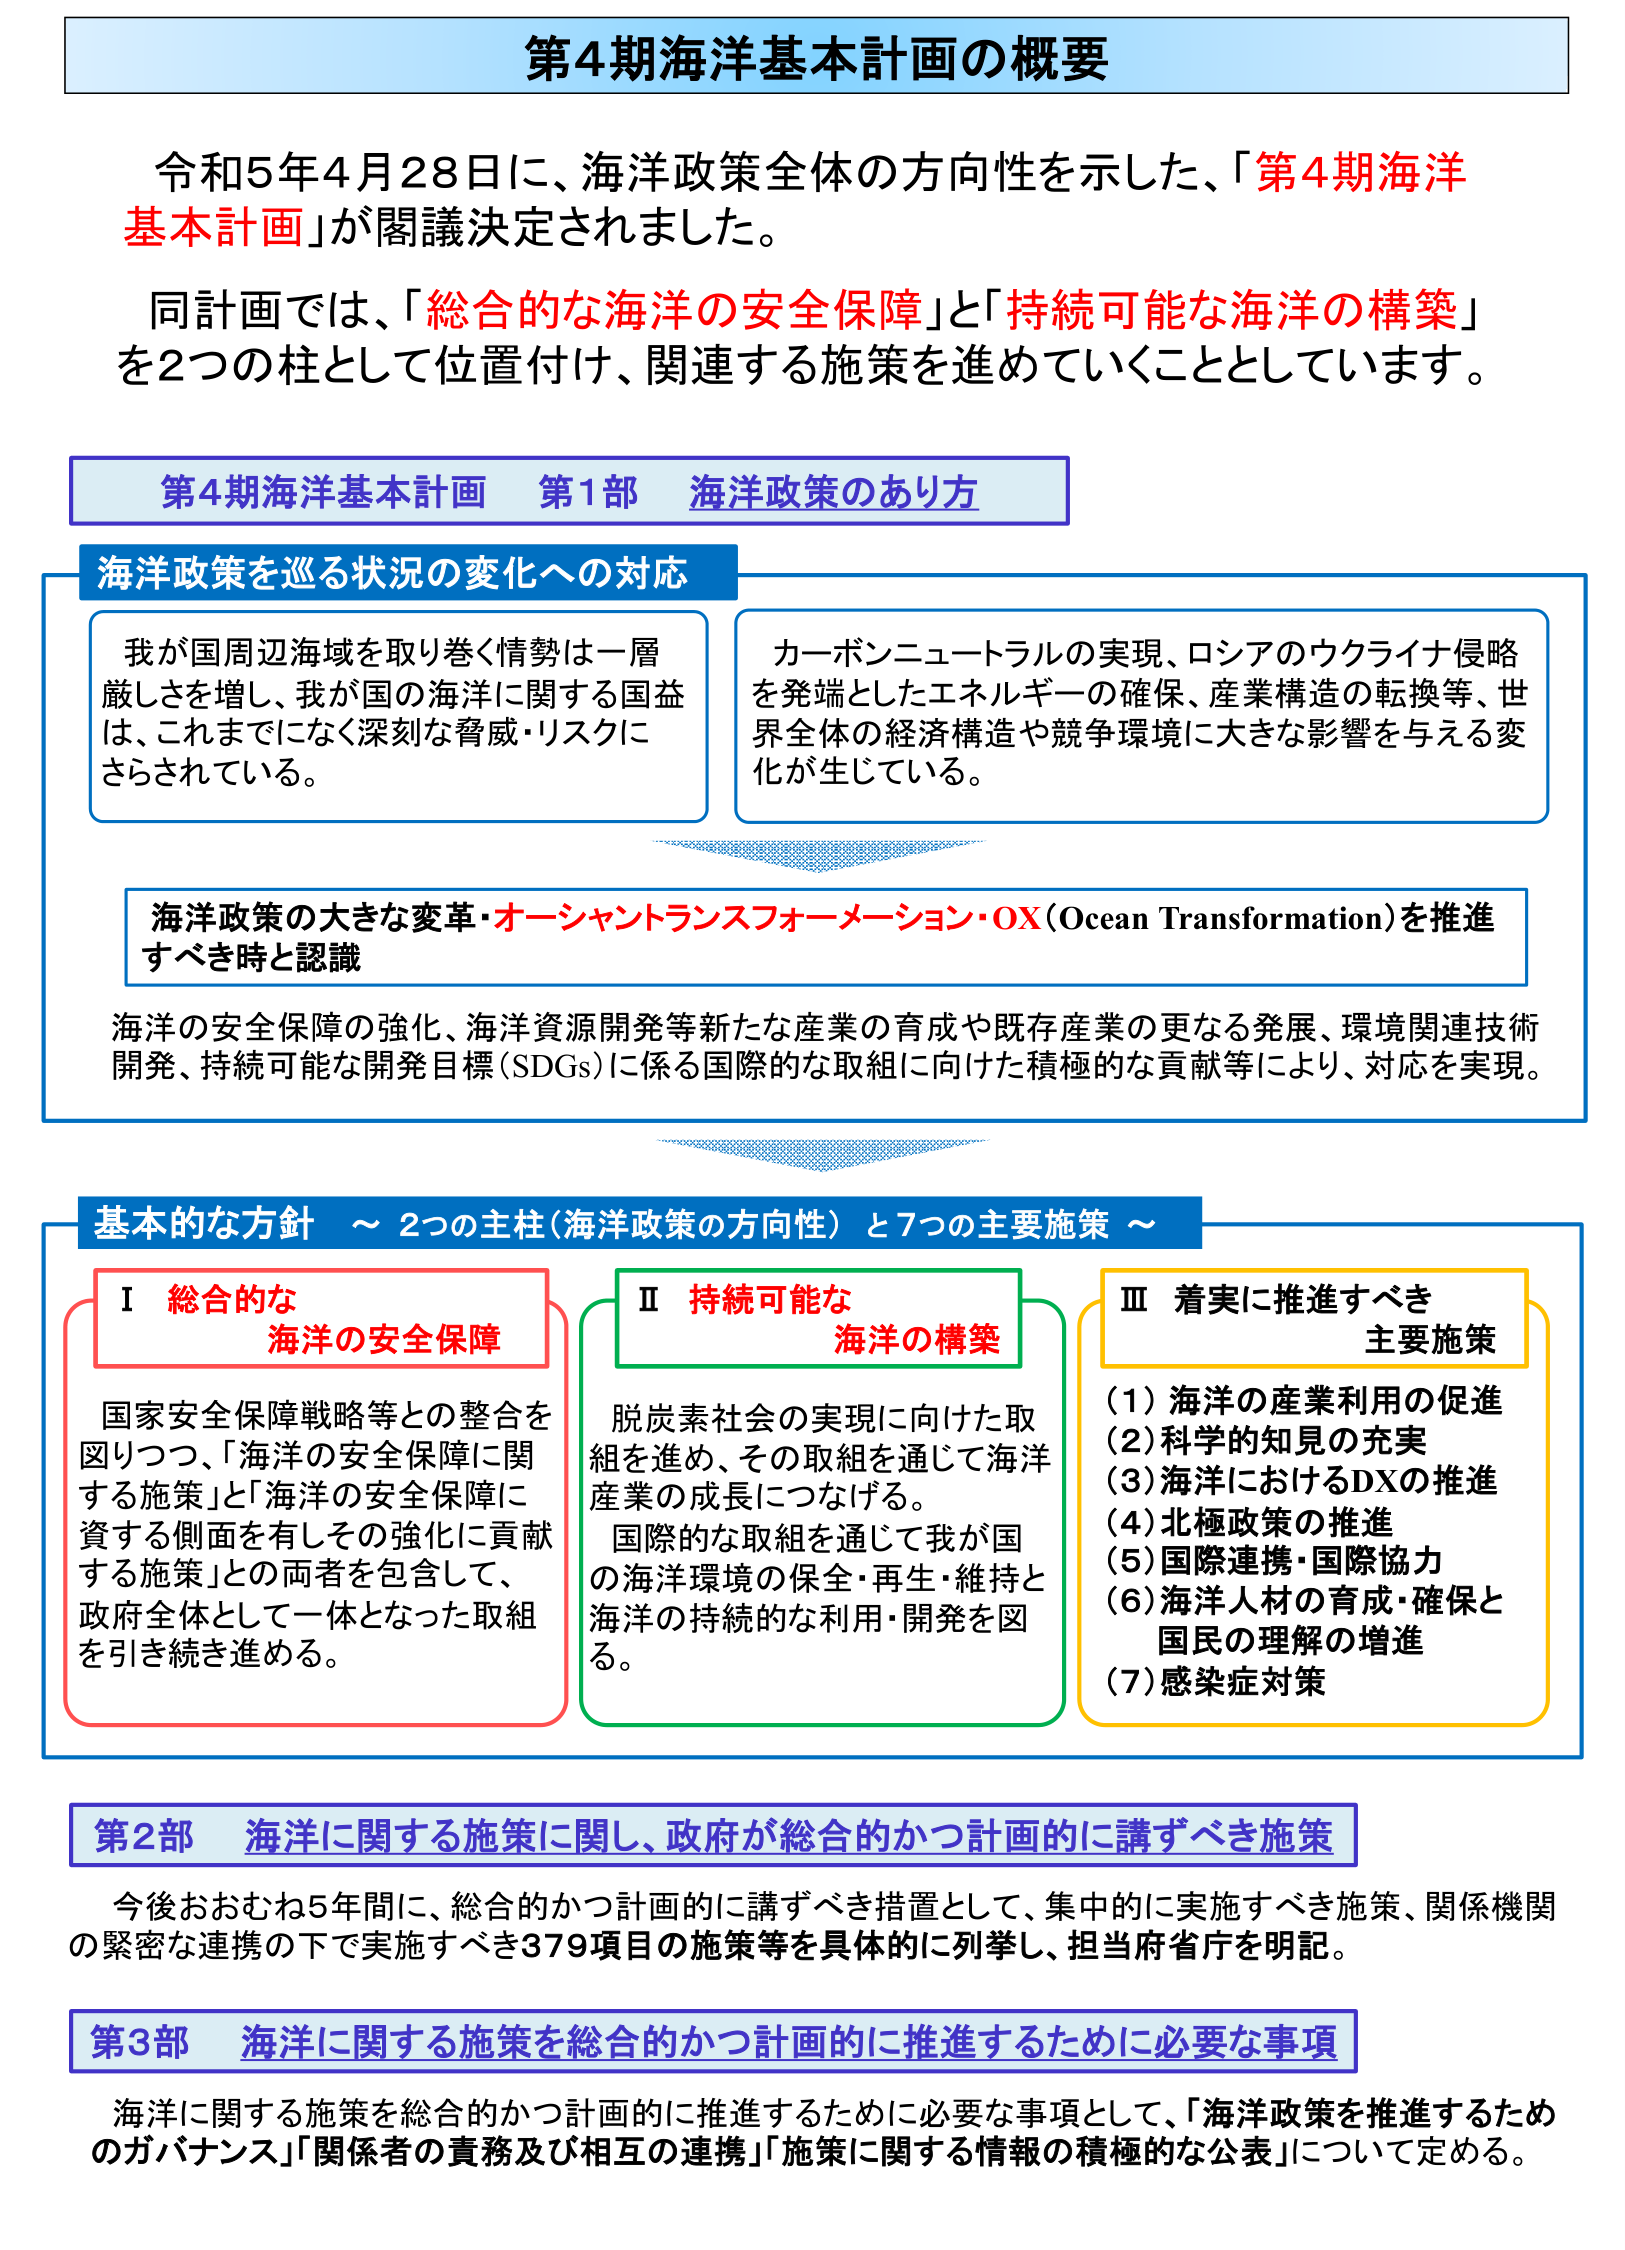
第4期海洋基本計画の概要

令和5年4月28日に、海洋政策全体の方向性を示した、「第4期海洋基本計画」が閣議決定されました。

同計画では、「総合的な海洋の安全保障」と「持続可能な海洋の構築」を2つの柱として位置付け、関連する施策を進めていくこととしています。

第4期海洋基本計画 第1部 海洋政策のあり方

海洋政策を巡る状況の変化への対応

我が国周辺海域を取り巻く情勢は一層厳しさを増し、我が国の海洋に関する国益は、これまでになく深刻な脅威・リスクにさらされている。

カーボンニュートラルの実現、ロシアのウクライナ侵略を発端としたエネルギーの確保、産業構造の転換等、世界全体の経済構造や競争環境に大きな影響を与える変化が生じている。

海洋政策の大きな変革・オーシャントランスフォーメーション・OX（Ocean Transformation）を推進すべき時と認識

海洋の安全保障の強化、海洋資源開発等新たな産業の育成や既存産業の更なる発展、環境関連技術開発、持続可能な開発目標（SDGs）に係る国際的な取組に向けた積極的な貢献等により、対応を実現。

基本的な方針 ～ 2つの主柱（海洋政策の方向性）と7つの主要施策 ～

Ⅰ 総合的な
海洋の安全保障

国家安全保障戦略等との整合を図りつつ、「海洋の安全保障に関する施策」と「海洋の安全保障に資する側面を有しその強化に貢献する施策」との両者を包含して、政府全体として一体となった取組を引き続き進める。

Ⅱ 持続可能な
海洋の構築

脱炭素社会の実現に向けた取組を進め、その取組を通じて海洋産業の成長につなげる。
国際的な取組を通じて我が国の海洋環境の保全・再生・維持と海洋の持続的な利用・開発を図る。

Ⅲ 着実に推進すべき
主要施策

（1）海洋の産業利用の促進
（2）科学的知見の充実
（3）海洋におけるDXの推進
（4）北極政策の推進
（5）国際連携・国際協力
（6）海洋人材の育成・確保と国民の理解の増進
（7）感染症対策

第2部 海洋に関する施策に関し、政府が総合的かつ計画的に講ずべき施策

今後おおむね5年間に、総合的かつ計画的に講ずべき措置として、集中的に実施すべき施策、関係機関の緊密な連携の下で実施すべき379項目の施策等を具体的に列挙し、担当府省庁を明記。

第3部 海洋に関する施策を総合的かつ計画的に推進するために必要な事項

海洋に関する施策を総合的かつ計画的に推進するために必要な事項として、「海洋政策を推進するためのガバナンス」「関係者の責務及び相互の連携」「施策に関する情報の積極的な公表」について定める。